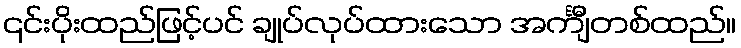
၎င်းပိုးထည်ဖြင့်ပင် ချုပ်လုပ်ထားသော အင်္ကျီတစ်ထည်။